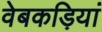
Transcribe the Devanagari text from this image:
वेबकड़ियां